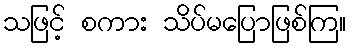
သဖြင့် စကား သိပ်မပြောဖြစ်ကြ။